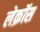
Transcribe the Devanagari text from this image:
लेक्रॉस